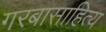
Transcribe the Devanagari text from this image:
गरबासाहित्य